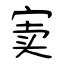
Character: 窦